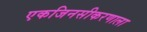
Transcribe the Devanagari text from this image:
एकजिनसीकरणाला